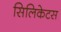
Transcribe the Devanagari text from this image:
सिलिकेटस